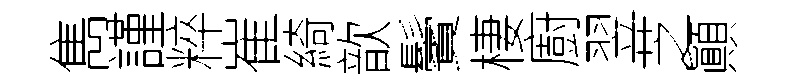
雋謹粹崔綺歆鬢棲廚翌芝顚